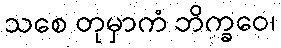
သစေ တုမှာကံ ဘိက္ခဝေ၊